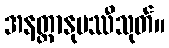
အနတ္တာနုပဿီသုတ်။